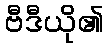
ဗီဒီယို၏